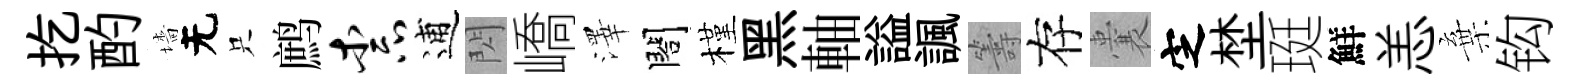
扢酌墻无只鹧柰逋閃嶠澤閤槿黑軸謚諷籌存囊㝎埜珽鮮恙棄钩